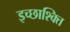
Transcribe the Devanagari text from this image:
इच्छाश्क्ति